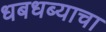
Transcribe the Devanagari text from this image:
धबधब्याचा